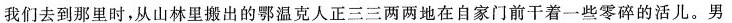
我们去到那里时，从山林里搬出的鄂温克人正三三两两地在自家门前干着一些零碎的活儿。男